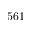
5 6 1